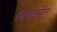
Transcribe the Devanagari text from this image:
आकइतीत